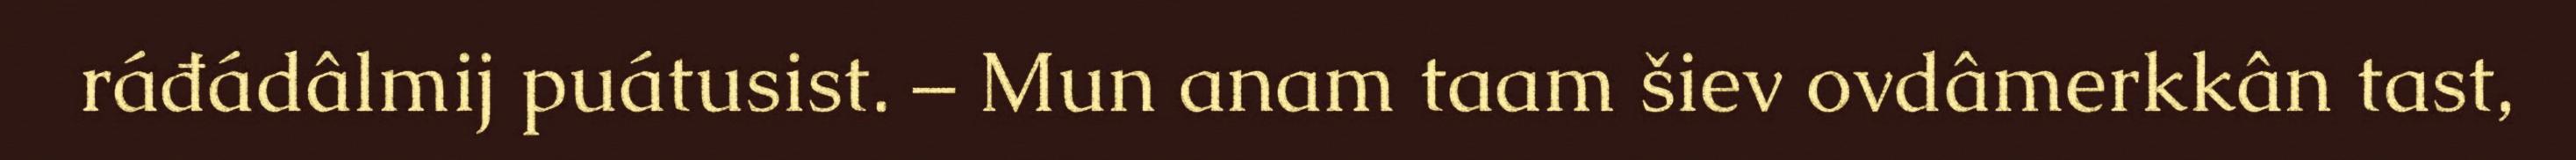
ráđádâlmij puátusist. – Mun anam taam šiev ovdâmerkkân tast,